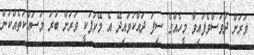
ވަރަށް ދުވަސްވެފައިވާ މީހެއްގެ ސިފަ ދައްކުވައިދޭ އެ މޭކަޕަކީ ވަރަށް ބުރަ މަސައްކަތެއްކަން